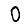
Digit: 0